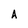
Character: A